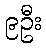
၉ဦး